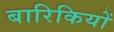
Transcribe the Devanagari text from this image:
बारिकियों